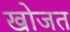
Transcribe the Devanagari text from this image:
खोजत